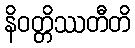
နိဝတ္တိဿတီတိ